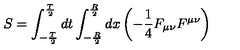
S = \int _ { - { \frac { T } { 2 } } } ^ { { \frac { T } { 2 } } } d t \int _ { - { \frac { R } { 2 } } } ^ { { \frac { R } { 2 } } } d x \left( - { \frac { 1 } { 4 } } F _ { \mu \nu } F ^ { \mu \nu } \right)